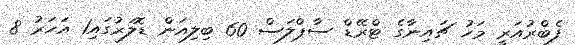
ފެބްރުއަރީ މަހު ޗައިނާގެ ޓްރޭޑް ސާޕްލަސް 60 ބިލިއަން ޑޮލަރުގައި1 އަހަރު 8